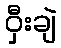
ဝှီးချဲ